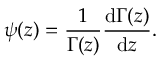
\psi ( z ) = \frac { 1 } { \Gamma ( z ) } \frac { \mathrm { d } \Gamma ( z ) } { \mathrm { d } z } .